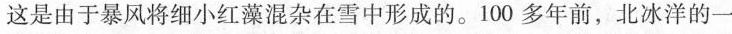
这是由于暴风将细小红藻混杂在雪中形成的。100多年前，北冰洋的一